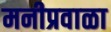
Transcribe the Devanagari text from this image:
मनीप्रवाळा